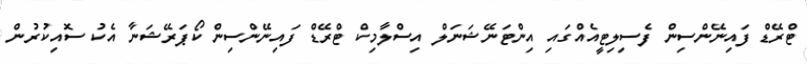
ޓްރޭޑް ފައިނޭންސިން ފެސިލިޓީއެއްގައި އިންޓަނޭޝަނަލް އިސްލާމިކް ޓްރޭޑް ފައިނޭންސިން ކޯޕަރޭޝަނާ އެކު ސޮއިކުރުން